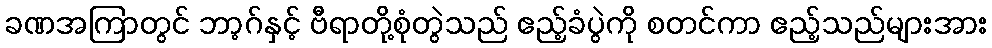
ခဏအကြာတွင် ဘာ့ဂ်နှင့် ဗီရာတို့စုံတွဲသည် ဧည့်ခံပွဲကို စတင်ကာ ဧည့်သည်များအား